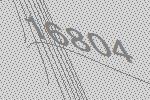
16804